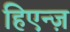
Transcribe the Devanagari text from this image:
हिएन्ज़